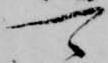
可